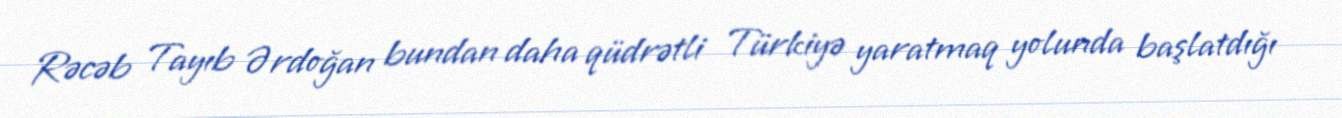
Rəcəb Tayıb Ərdoğan bundan daha qüdrətli Türkiyə yaratmaq yolunda başlatdığı